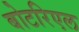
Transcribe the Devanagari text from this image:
बोटरिएल